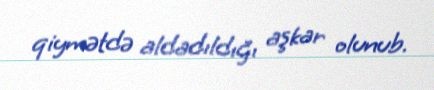
qiymətdə aldadıldığı aşkar olunub.